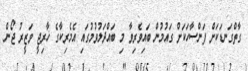
ގާތްގަނޑަކަށް ފަންސާހަކަށް ގައުމުން ބައިވެރިވާ މި ބައްދަލުވުމުގައި އެމެރިކާގެ ޚާރިޖީ ވަޒީރު ޖޯން